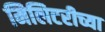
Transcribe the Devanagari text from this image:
मिलिटरीच्या